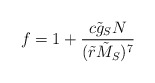
\begin{align*}f=1+{c\tilde{g}_S N\over (\tilde{r}\tilde{M}_S)^7}\end{align*}